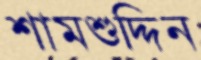
শামশুদ্দিন